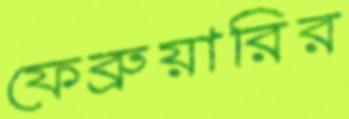
ফেব্রুয়ারির